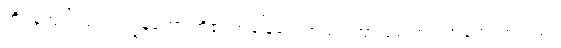
ကိုရန်ကျမ်းသည် ကျွန်တော် တို့၏ အခြေခံပညာသင်ကြားရေးတွင် အခရာဖြစ်သည်။